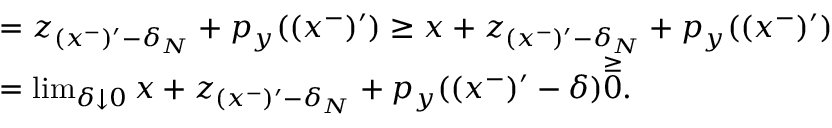
\begin{array} { r l } & { = z _ { ( x ^ { - } ) ^ { \prime } - \delta _ { N } } + p _ { y } ( ( x ^ { - } ) ^ { \prime } ) \geq x + z _ { ( x ^ { - } ) ^ { \prime } - \delta _ { N } } + p _ { y } ( ( x ^ { - } ) ^ { \prime } ) } \\ & { = \operatorname* { l i m } _ { \delta \downarrow 0 } x + z _ { ( x ^ { - } ) ^ { \prime } - \delta _ { N } } + p _ { y } ( ( x ^ { - } ) ^ { \prime } - \delta ) \overset { \geq } 0 . } \end{array}